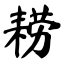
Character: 耢